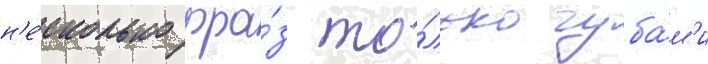
н'е́сколько фра́з то́лько губа́м'и